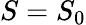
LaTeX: {S=S_{0}}